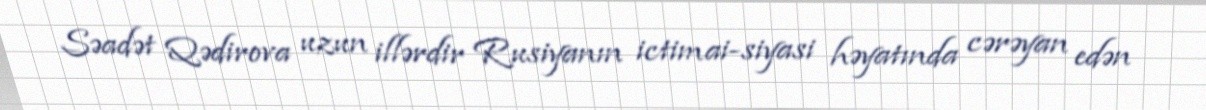
Səadət Qədirova uzun illərdir Rusiyanın ictimai-siyasi həyatında cərəyan edən